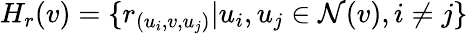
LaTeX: H_{r}(v)=\{ r_{(u_{i},v,u_{j})}|u_{i},u_{j}\in\mathcal{N}(v),i\ne j\}